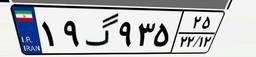
۱۹گ۹۳۵۲۵